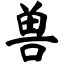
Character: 兽